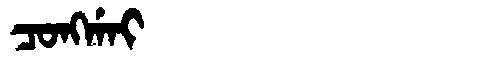
Manchu: ᠴᠣᠩᡤᠠᡳ
Romanization: CONGGAI